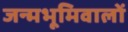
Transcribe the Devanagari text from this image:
जन्मभूमिवालों